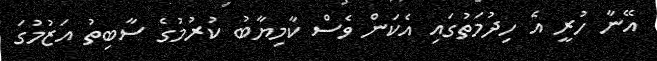
އޭނާ ހުރީ އެ ހިދުމަތުގައި އެކަން ވެސް ކާމިޔާބު ކުރުމުގެ ސާބިތު އަޒުމުގަ